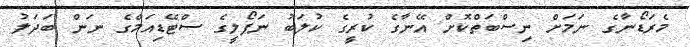
މެރަޑޯނާގެ ނަމަށް ނިސްބަތްކޮށް އޭނާގެ ކުރީގެ ކުލަބު ނަޕޯލީގެ ސްޓޭޑިއަމްގެ ނަން ބަދަލު